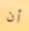
أن